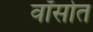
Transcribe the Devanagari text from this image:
वॉर्सोत